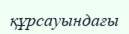
құрсауындағы